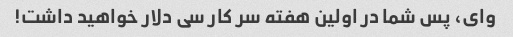
وای، پس شما در اولین هفته سر کار سی دلار خواهید داشت!